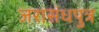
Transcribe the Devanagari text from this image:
जरासंधपुत्र